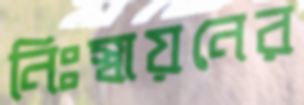
নিঃস্বায়নের